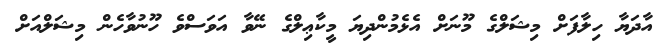
އާދަޔާ ހިލާފަށް މިޝަލްގެ މޫނަށް އެޅެމުންދިޔަ މީކާޢިލްގެ ނޭވާ އަވަސްވެ ހޫނުވާހެން މިޝަލްއަށް